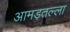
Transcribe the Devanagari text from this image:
आमड़तल्ला